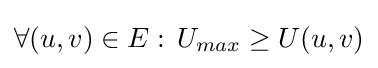
\forall (u,v)\in E:\,U_{max}\geq U(u,v)